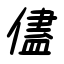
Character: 儘